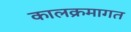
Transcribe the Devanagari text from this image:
कालक्रमागत